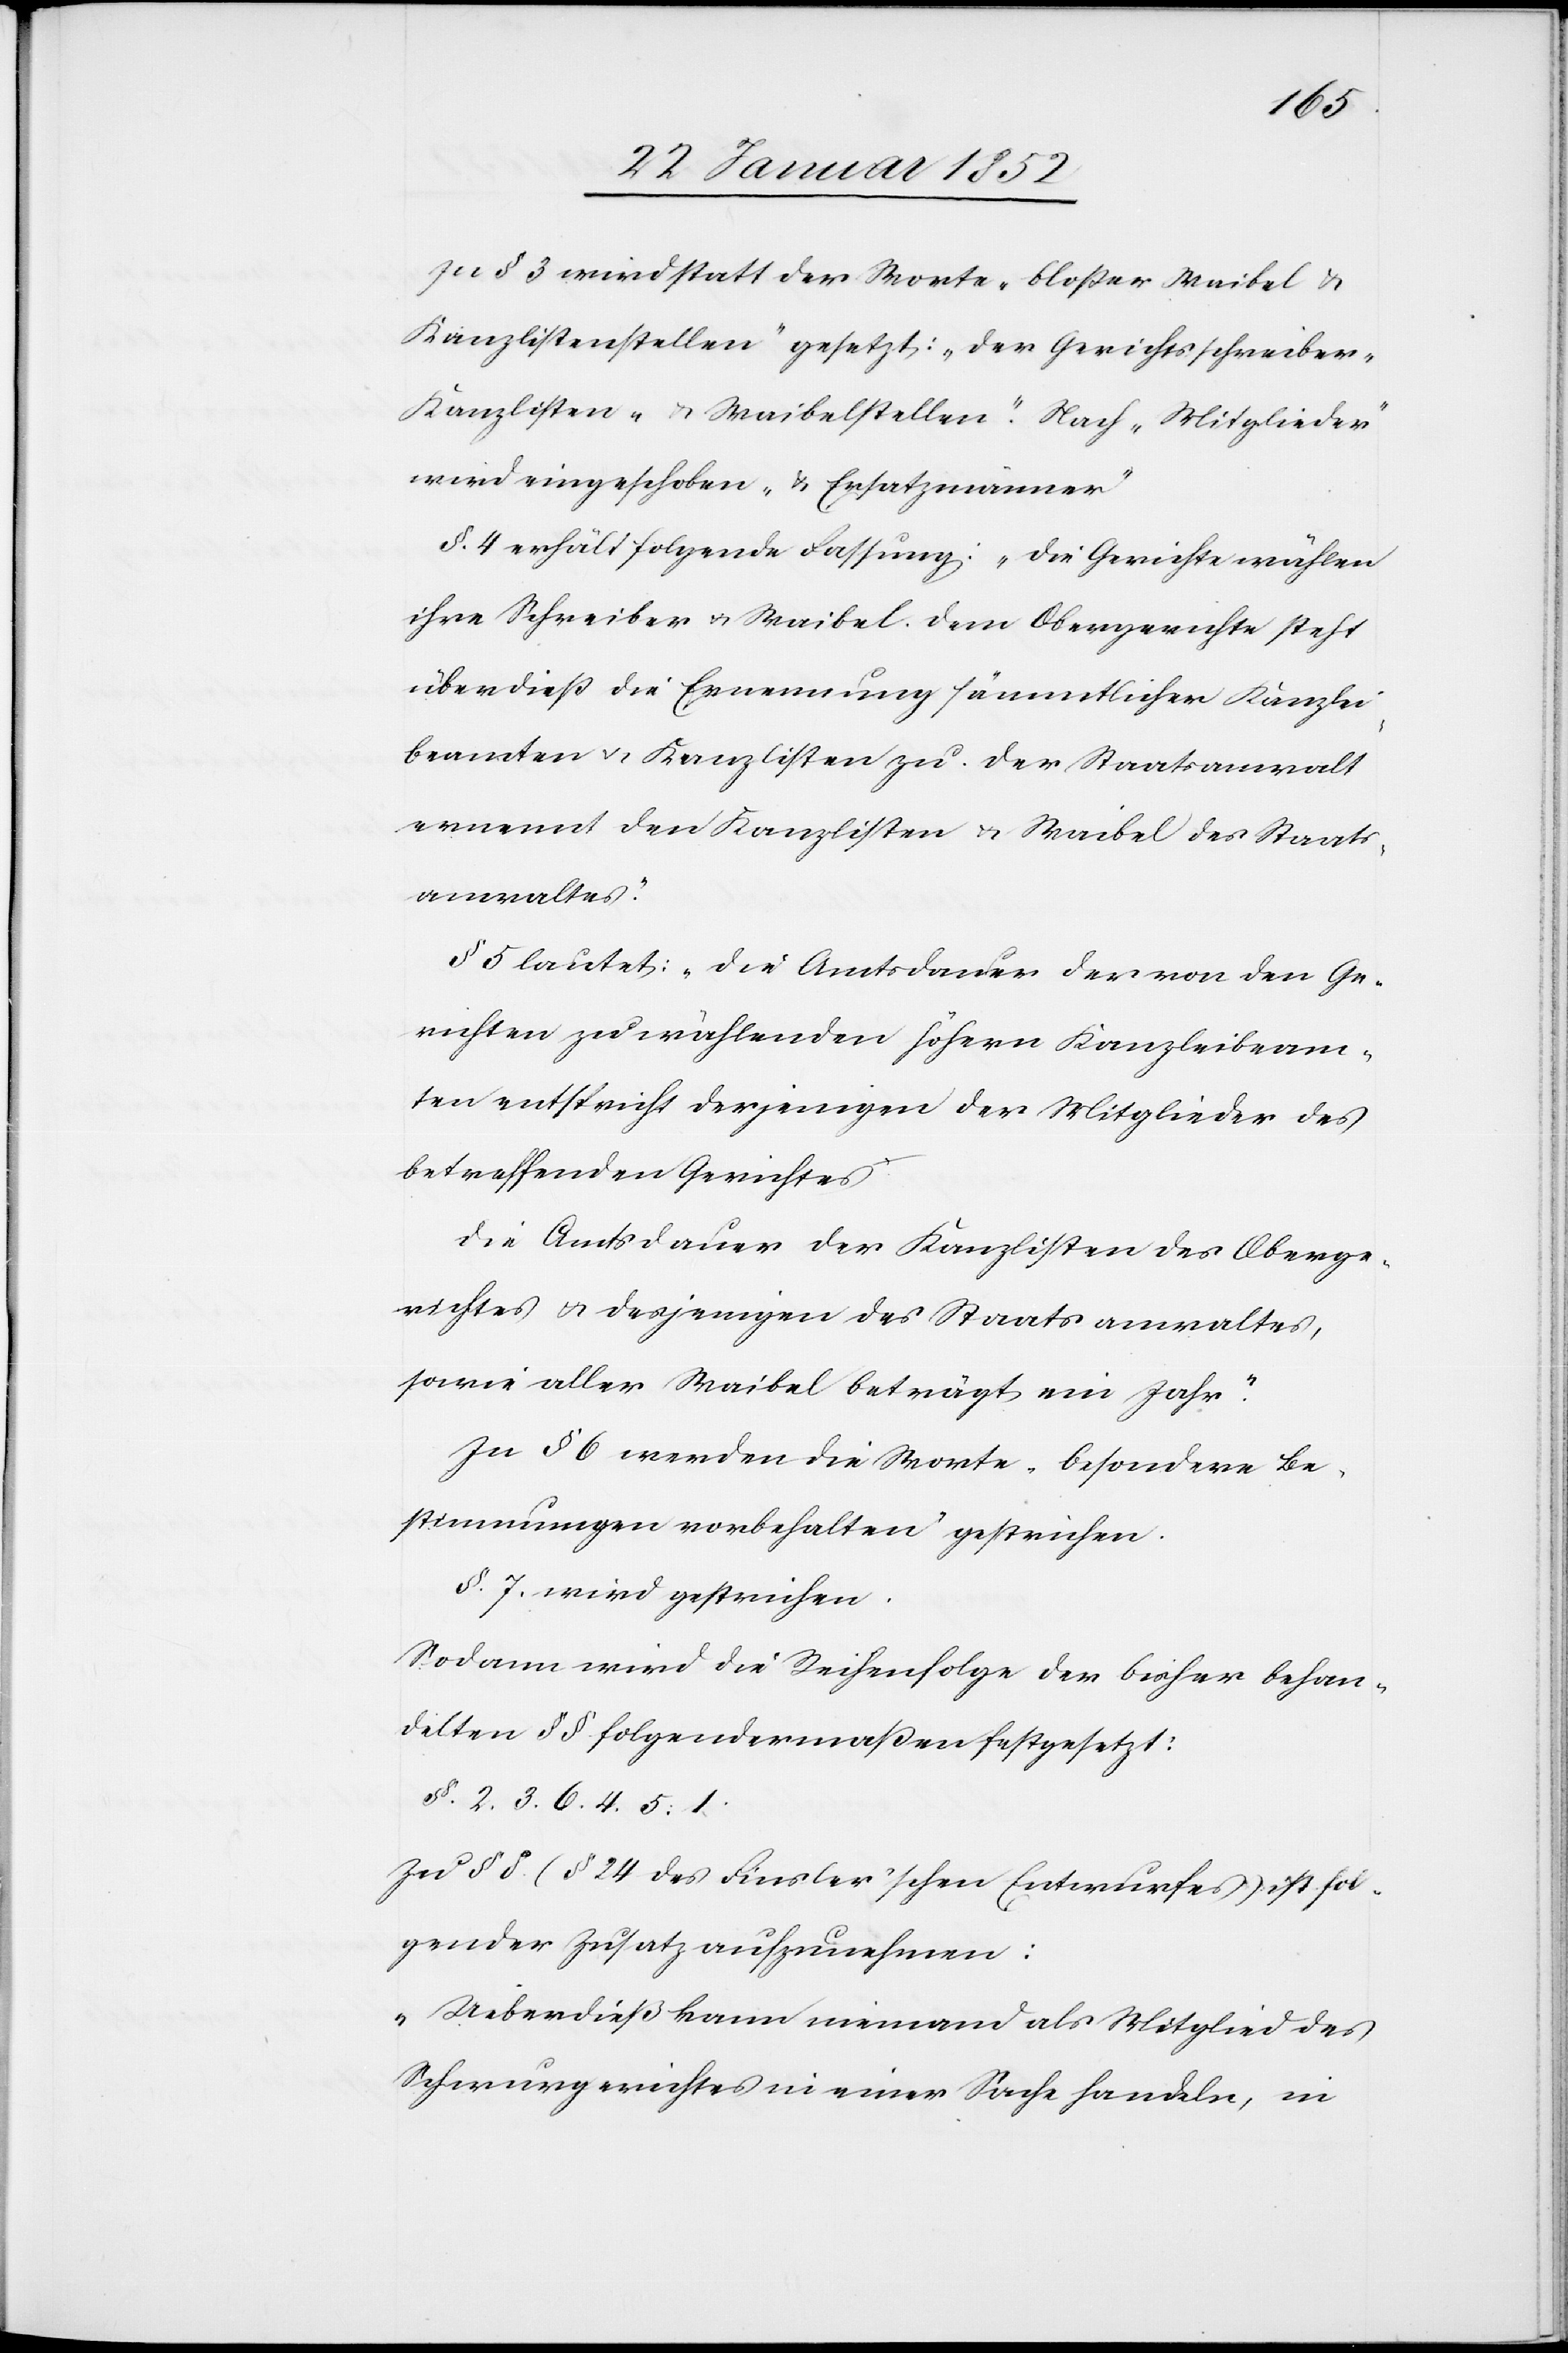
Zu § 3 wird statt der Worte „bloßer Waibel u.
Kanzlistenstellen“ gesetzt: „der Gerichtsschreibe¬
r-Kanzlisten- u. Waibelstellen“. Nach „Mitglieder“
wird eingeschoben „u. Ersatzmänner“
§. 4 erhält folgende Fassung: „Die Gerichte wählen
ihre Schreiber u. Waibel. Dem Obergerichte steht
überdieß die Ernennung sämmtlicher Kanzlei¬
beamten u. Kanzlisten zu. Der Staatsanwalt
ernennt den Kanzlisten u. Waibel des Staats¬
anwaltes.“
§ 5 lautet: „Die Amtsdauer des von den Ge¬
richten zu wählenden höhern Kanzleibeam¬
ten entspricht derjenigen der Mitglieder des
betreffenden Gerichtes.
Die Amtsdauer der Kanzlisten des Oberge¬
richtes u. desjenigen des Staatsanwaltes,
sowie aller Waibel beträgt ein Jahr.“
In § 6 werden die Worte „besondere Be¬
stimmungen vorbehalten“ gestrichen.
§. 7. wird gestrichen.
Sodann wird die Reihenfolge der bisher behan¬
delten §§ folgendermaßen festgesetzt:
§. 2. 3. 6. 4. 5. 1.
In §§. (§ 24 des Finsler’schen Entwurfes) ist fol¬
gender Zusatz aufzunehmen:
„Ueberdieß kann niemand als Mitglied des
Schwurgerichtes in einer Sache handeln, in